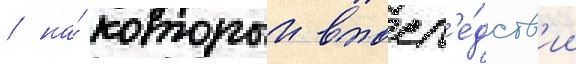
/ на́ которыи впосл'е́дств'ии